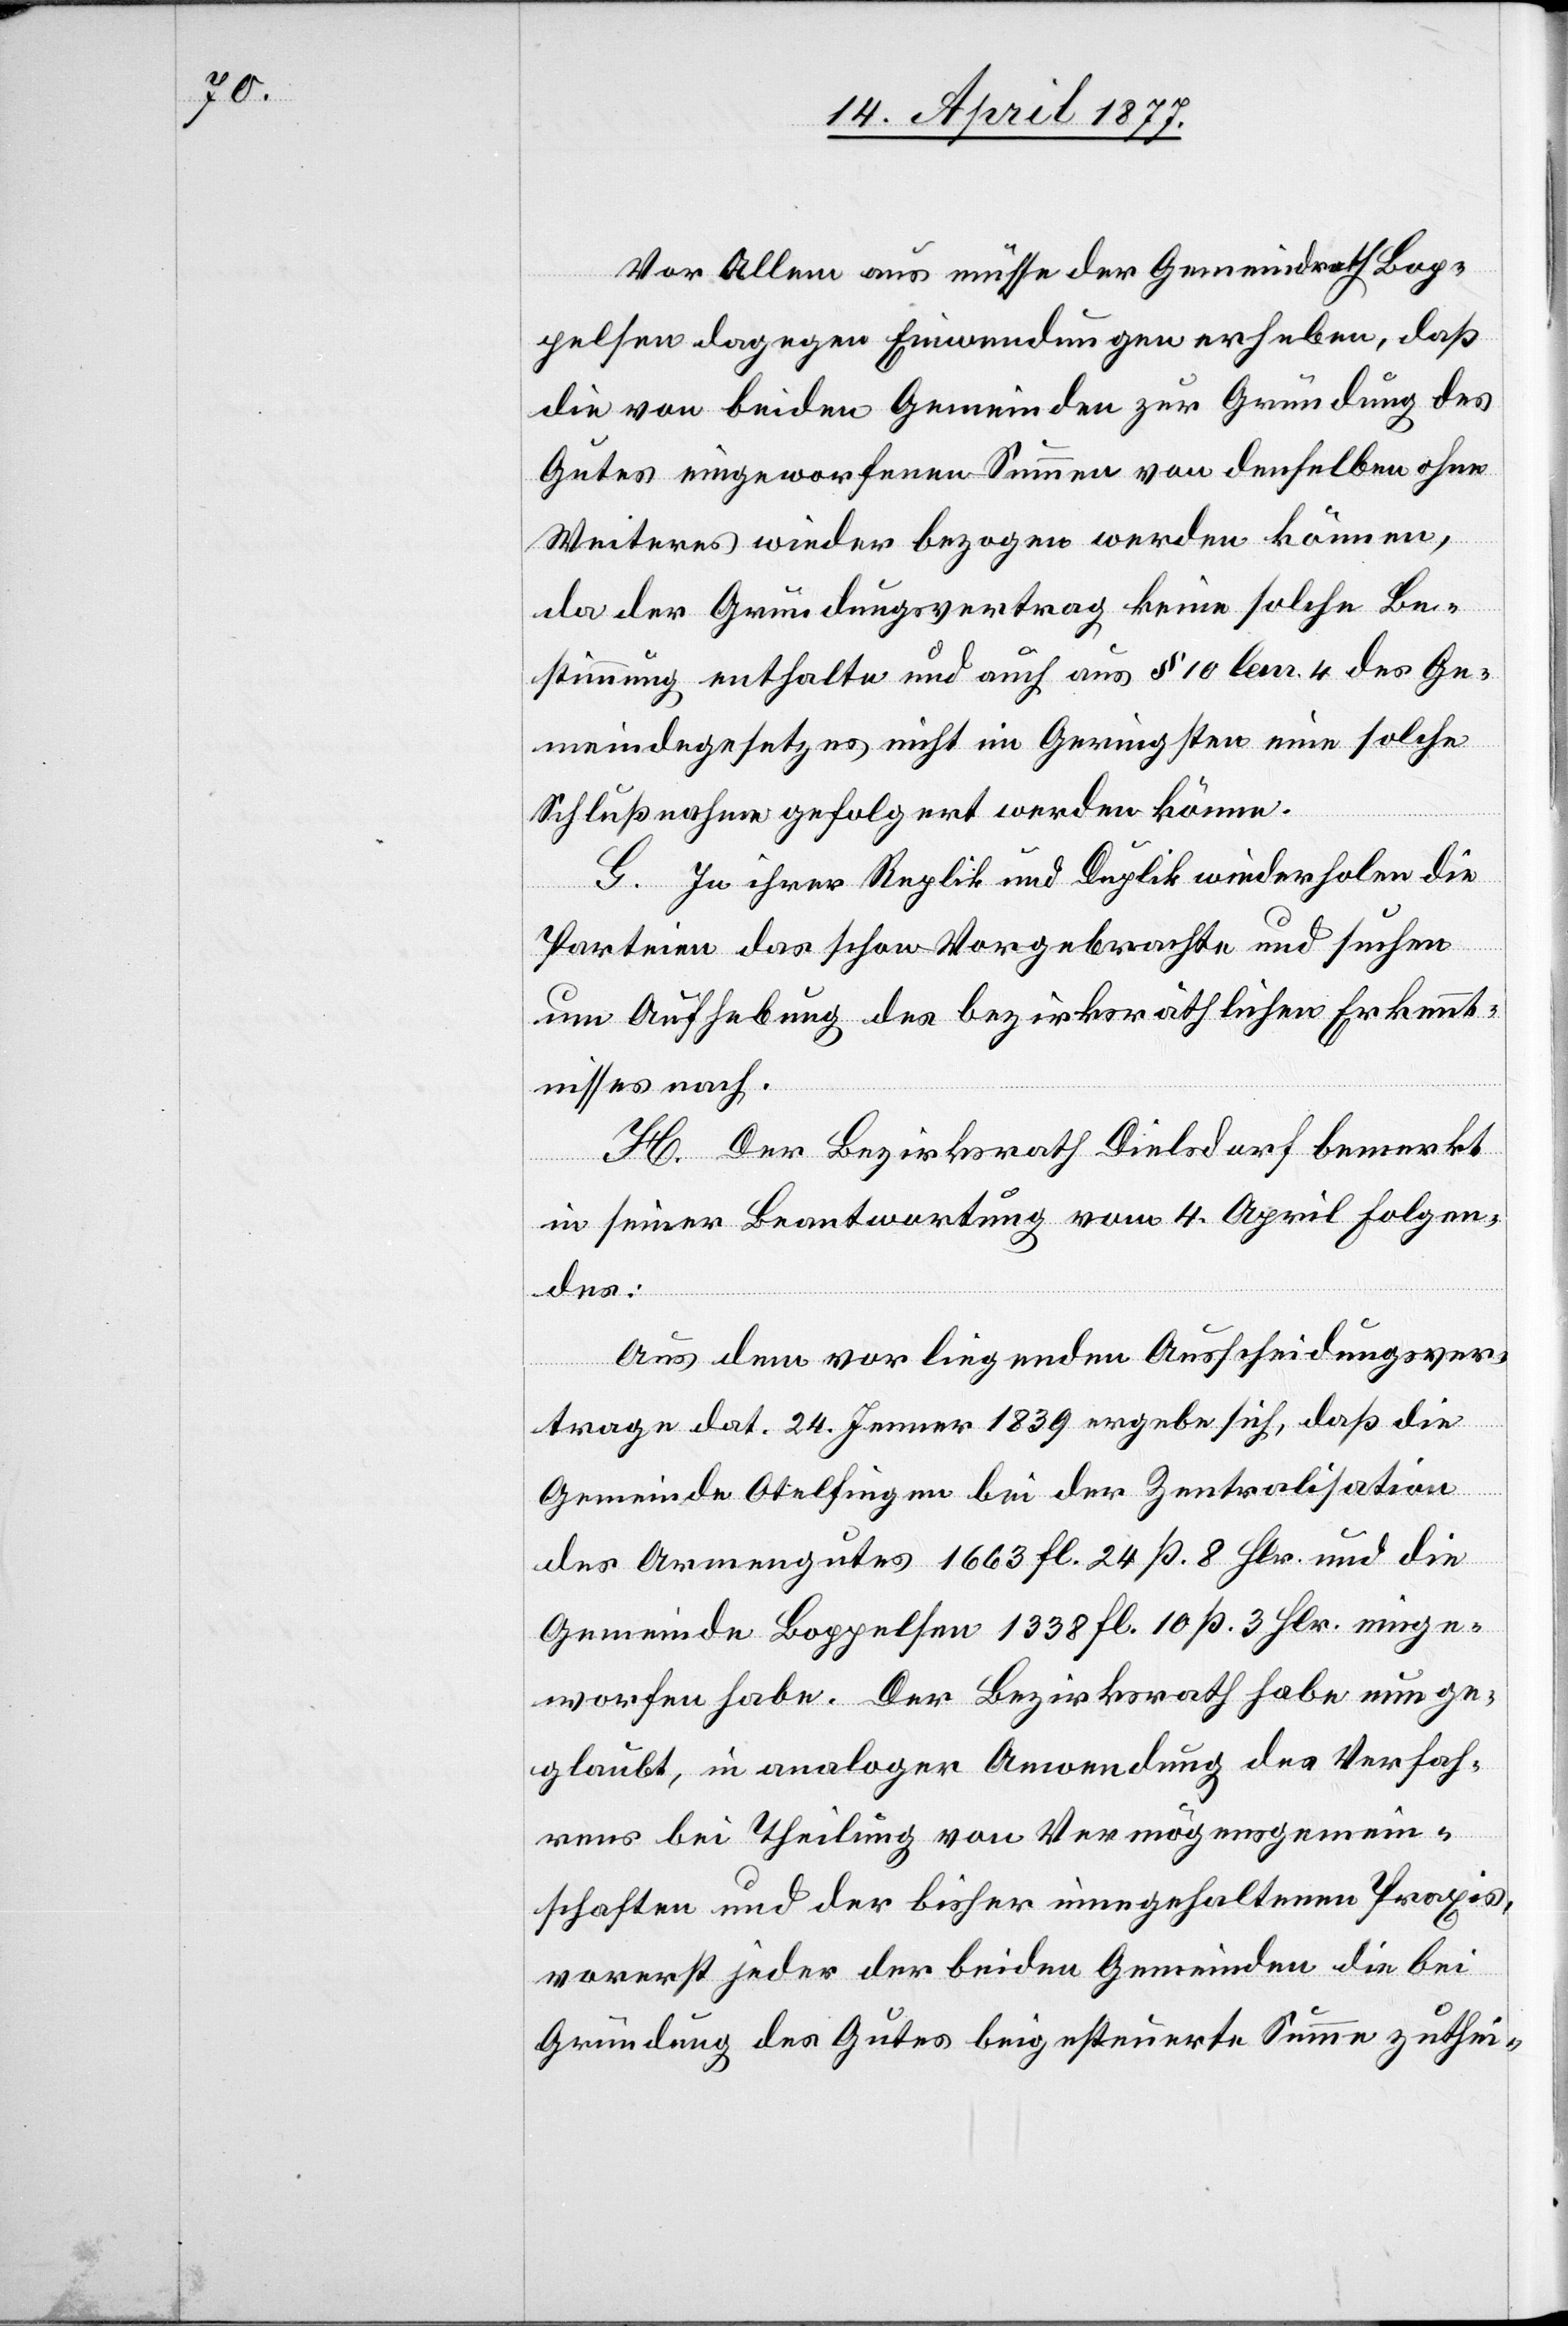
Vor allem aus müsse der Gemeindrath Bop¬
pelsen dagegen Einwendungen erheben, daß
die von beiden Gemeinden zur Gründung des
Gutes eingeworfenen Summen von denselben ohne
Weiteres wieder bezogen werden können,
da der Gründungsvertrag keine solche Be¬
stimmung enthalte und auch aus § 10 lem. 4 des Ge¬
meindegesetzes nicht im Geringsten eine solche
Schlußnahme gefolgert werden könne.
G. In ihrer Replik und Duplik wiederholen die
Parteien das schon Vorgebrachte und suchen
um Aufhebung des bezirksräthlichen Erkennt¬
nisses nach.
H. Der Bezirksrath Dielsdorf bemerkt
in seiner Beantwortung vom 4. April Folgen¬
des:
Aus dem vorliegenden Ausscheidungsver¬
trage dat. 24. Jenner 1839 ergebe sich, daß die
Gemeinde Otelfingen bei der Zentralisation
des Armengutes 1663 Fl. 24 ß. 8 Hlr. und die
Gemeinde Boppelsen 1338 Fl. 10 ß. 3 Hlr. einge¬
worfen habe. Der Bezirksrath habe nun ge¬
glaubt, in analoger Anwendung des Verfah¬
rens bei Theilung von Vermögensgemein¬
schaften und der bisher innegehaltenen Praxis,
vorerst jeder der beiden Gemeinden die bei
Gründung des Gutes beigesteuerte Summe zuthei-